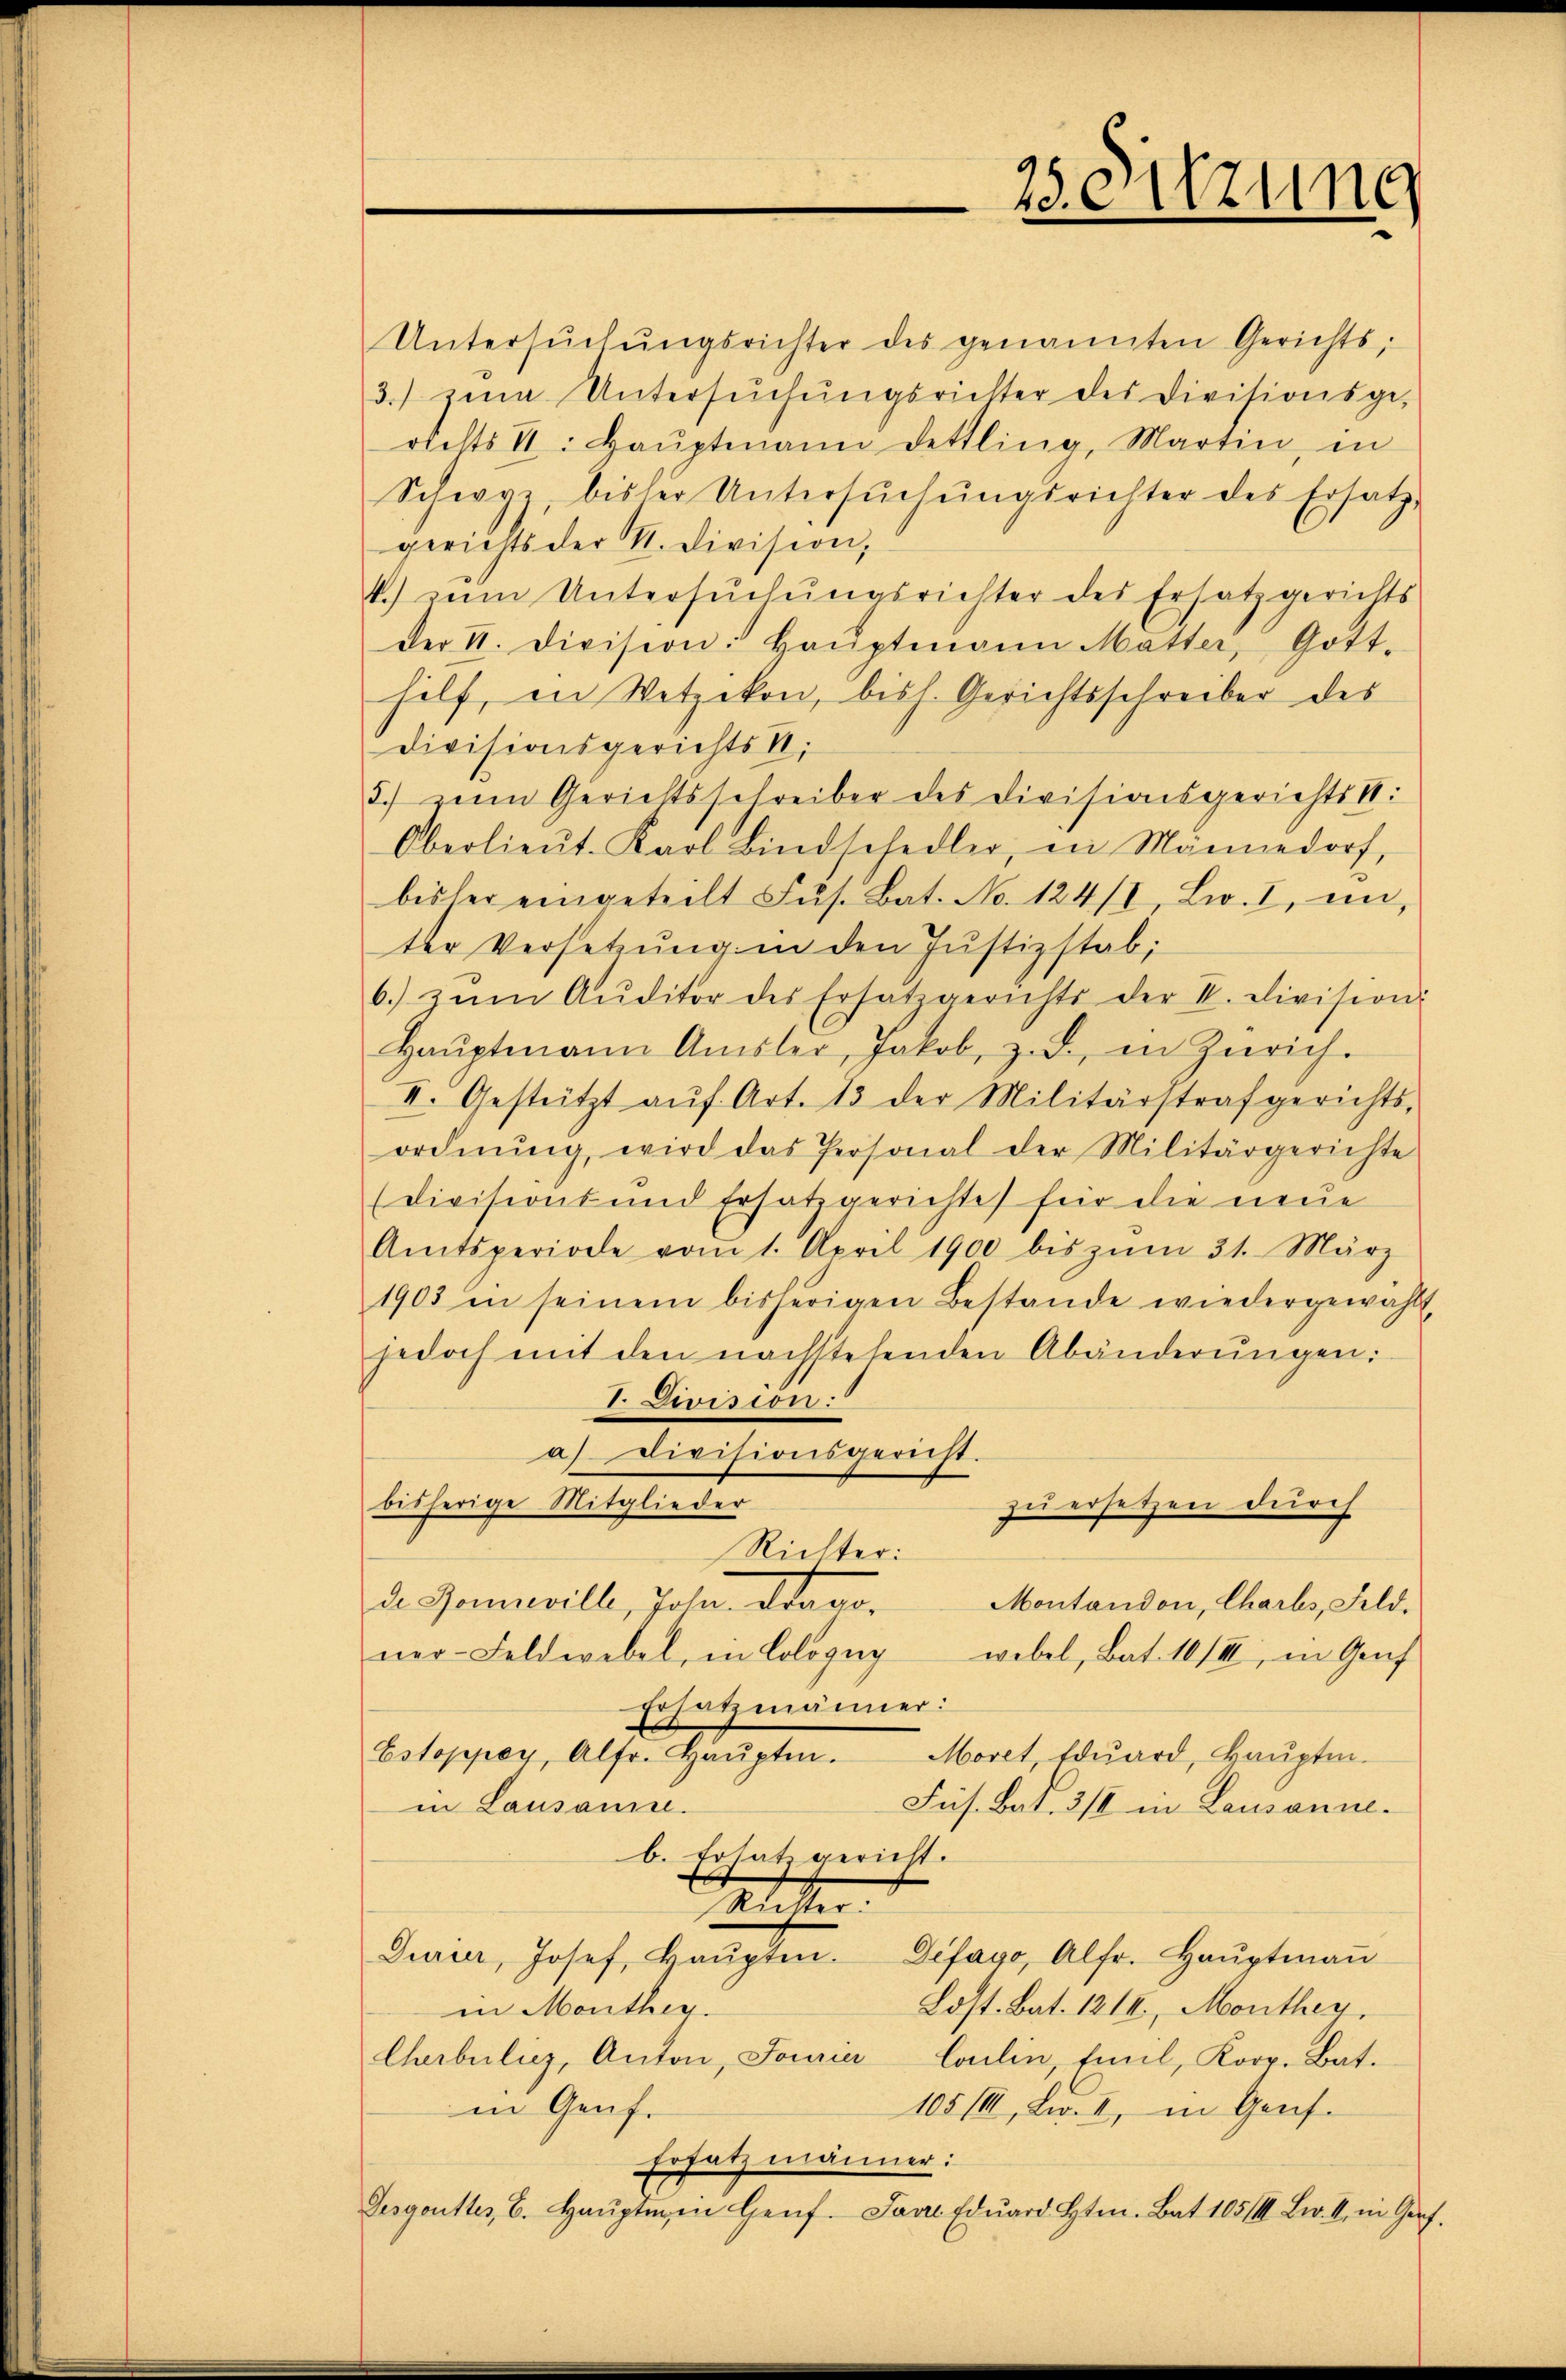
Untersŭchŭngsrichter des genannten Gerichts,
3. zŭm Untersŭchŭngsrichter des Divisionsge-
richts II. Haŭptmann dettling, Martin, in
Schwyz, bisher Untersŭchŭngsrichter des Ersatz
gerichts der St. Division,
t.) zŭm Untersŭchŭngsrichter des Ersatz gerichts
der II. Division: Haŭptmann Matter, Gott-
hilf, in Wetzikon, bish. Gerichtsschreiber des
Divisionsgerichts S.
3.) Heim Gerichtsschreiber des Divisionsgerichts II:
Oberlieŭt. Karl Bindschedler, in Männedorf,
bisher eingeteilt Fŭs. Bat. No. 124/8 Lw. I, in
ter Versetzŭng in den Jŭstizstab;
6. zŭm Aŭditor des Ersatzgerichts der II. Division:
Haŭptmann Amsler, Jakob, z. d. in Zürich.
II. Gestützt aŭf Art. 13 der Militärstrafgerichts-
ordnŭng, wird das Personal der Militärgerichte
(Divisions und Ersatz gerichte für die neue
Amtsperiode vom 1. April 1900 bis zŭm 31. März
1903 in seinem bisherigen Bestande wiedergewählt,
jedoch mit den nachstehenden Abänderŭngen:
I. Division:
a) Divisionsgericht.
bisherige Mitglieder
zu ersetzen durch
Richter:
de Jennwill, Johan Stan¬
Montandon, Charts, Feld.
ner-Feldwebel, in Cologug
webel, Bat. 10/III, in Genf
Ersatzmänner:
Estoppey, Alfr. Haŭpten. Moret, Edŭard, Haŭptm.
Jus. Bat. 3/I in Lausanne.
in Lausanne.
b. Ersatz gericht.
elesen.
Dieer, Josef, Haŭpten. Defago, Alfr. Haŭptmaṅ
Lost. Bat. 1214., Monther.
in Monthey
Chibuliz, Anton, Josia Carlin, Emil, Korp. Bat.
105 III, L. II, in Genf.
in Genf.
Ersatzmänner:
Gesgoutter, 6. Haŭptmen Genf. Jan Edŭard St. Bat 185/III. B. II, in Gerf.

25. Sitzung